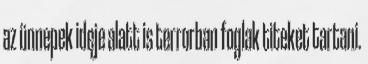
az ünnepek ideje alatt is terrorban foglak titeket tartani.